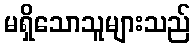
မရှိသောသူများသည်